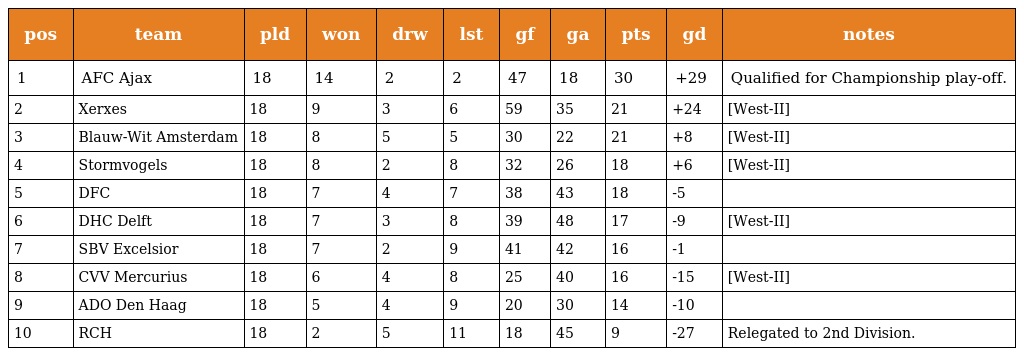
| pos | team | pld | won | drw | lst | gf | ga | pts | gd | notes |
 | --- | --- | --- | --- | --- | --- | --- | --- | --- | --- | --- |
 | 1 | AFC Ajax | 18 | 14 | 2 | 2 | 47 | 18 | 30 | +29 | Qualified for Championship play-off. |
 | 2 | Xerxes | 18 | 9 | 3 | 6 | 59 | 35 | 21 | +24 | [West-II] |
 | 3 | Blauw-Wit Amsterdam | 18 | 8 | 5 | 5 | 30 | 22 | 21 | +8 | [West-II] |
 | 4 | Stormvogels | 18 | 8 | 2 | 8 | 32 | 26 | 18 | +6 | [West-II] |
 | 5 | DFC | 18 | 7 | 4 | 7 | 38 | 43 | 18 | -5 |  |
 | 6 | DHC Delft | 18 | 7 | 3 | 8 | 39 | 48 | 17 | -9 | [West-II] |
 | 7 | SBV Excelsior | 18 | 7 | 2 | 9 | 41 | 42 | 16 | -1 |  |
 | 8 | CVV Mercurius | 18 | 6 | 4 | 8 | 25 | 40 | 16 | -15 | [West-II] |
 | 9 | ADO Den Haag | 18 | 5 | 4 | 9 | 20 | 30 | 14 | -10 |  |
 | 10 | RCH | 18 | 2 | 5 | 11 | 18 | 45 | 9 | -27 | Relegated to 2nd Division. |